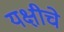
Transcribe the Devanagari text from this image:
यक्षीचे